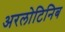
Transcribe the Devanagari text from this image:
अरलोटिनिब